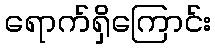
ရောက်ရှိကြောင်း